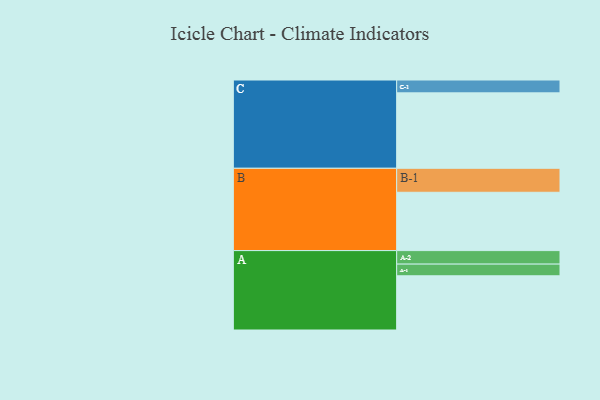
{"axis": {"x": "Segment", "y": "Value"}, "legend": ["", "A", "B", "C"], "data": [{"x": "A", "y": 409, "type": ""}, {"x": "B", "y": 440, "type": ""}, {"x": "C", "y": 569, "type": ""}, {"x": "A-1", "y": 88, "type": "A"}, {"x": "A-2", "y": 102, "type": "A"}, {"x": "B-1", "y": 181, "type": "B"}, {"x": "C-1", "y": 97, "type": "C"}]}